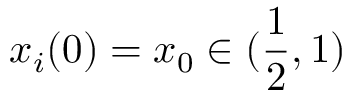
x _ { i } ( 0 ) = x _ { 0 } \in ( \frac { 1 } { 2 } , 1 )